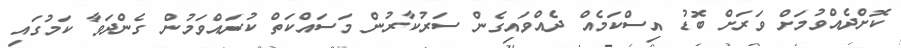
ކޮށްދެއްވުމަށް ވަރަށް ބޮޑު އިސްކަމެއް ދެއްވައިގެން ސަރުކާރުން މަސައްކަތް ކުރައްވަމުން ގެންދަވާ ކަމުގައި